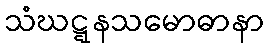
သံဃဋ္ဋနသမောဓာနာ